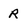
Character: R